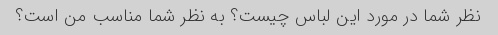
نظر شما در مورد این لباس چیست؟ به نظر شما مناسب من است؟